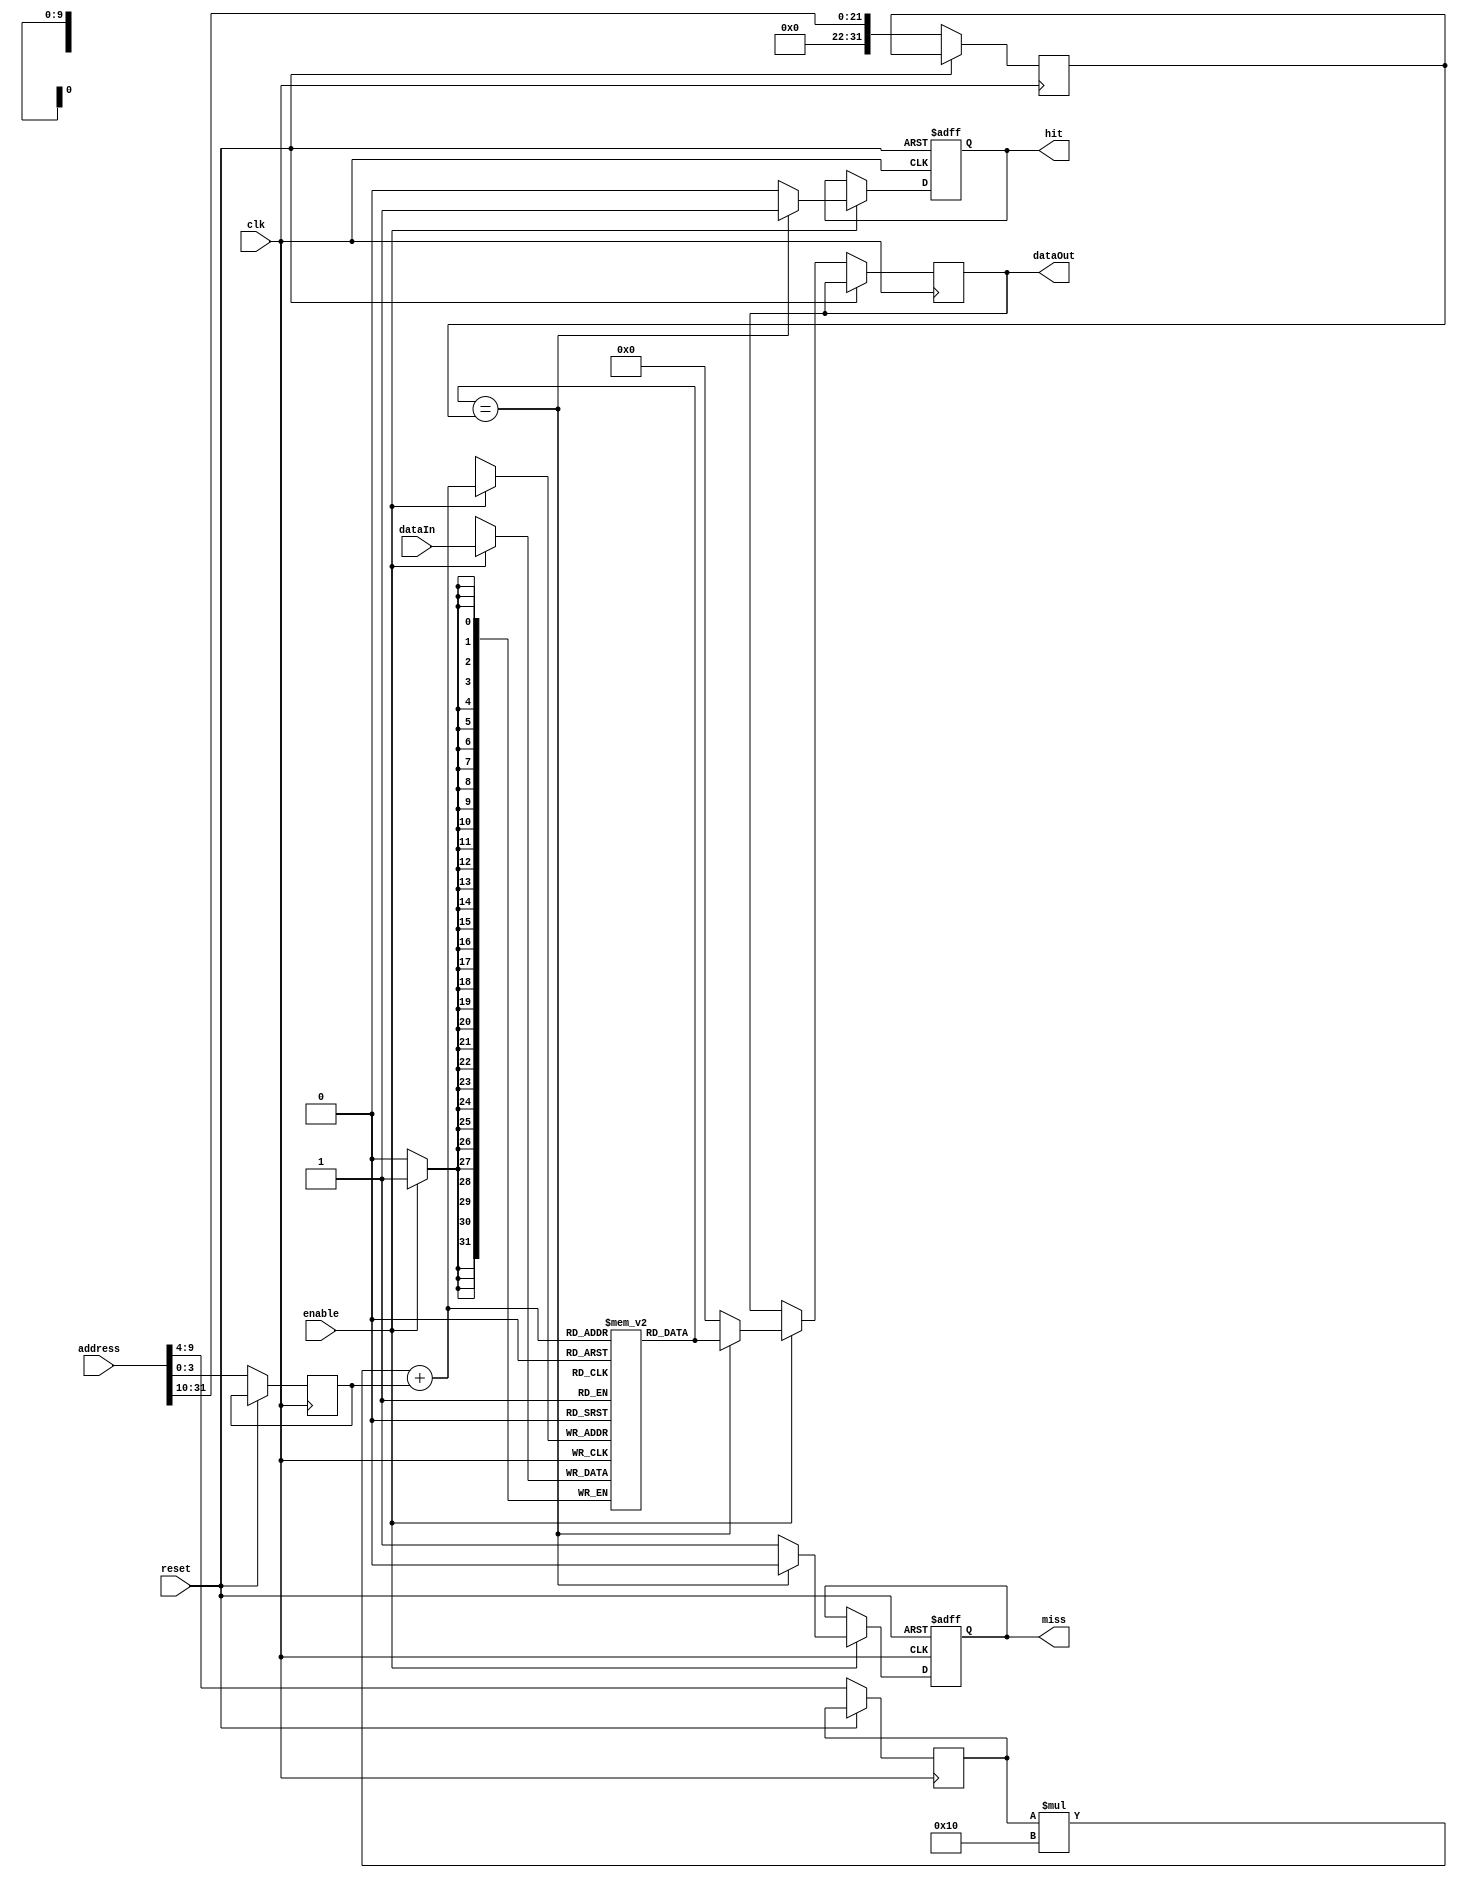
module CacheMemory (
    input wire clk,
    input wire reset,
    
    input wire enable,
    input wire [31:0] address,
    input wire [31:0] dataIn,
    output wire [31:0] dataOut,
    
    output reg hit,
    output reg miss
);

// Define parameters for cache memory organization
parameter SIZE = 1024; // Total number of data entries
parameter SETS = 64;   // Number of sets in cache
parameter LINES = 16;  // Number of lines per set

// Define memory blocks for data storage
reg [31:0] cache [SETS-1:0][LINES-1:0];

// Define control signals
reg [5:0] setIndex;
reg [3:0] lineIndex;
reg [31:0] tag;

// Define logic for cache hit/miss and data retrieval
always @(posedge clk or posedge reset) begin
    if (reset) begin
        hit <= 0;
        miss <= 0;
    end else begin
        setIndex <= address[9:4];
        lineIndex <= address[3:0];
        tag <= address[31:10];
        
        if (enable) begin
            if (cache[setIndex][lineIndex] == tag) begin
                hit <= 1;
                miss <= 0;
                dataOut <= cache[setIndex][lineIndex];
            end else begin
                hit <= 0;
                miss <= 1;
                dataOut <= 0;
                
                // Implement data eviction logic here in case of cache overflow
            end
        end
    end
end

// Define logic for data storage
always @(posedge clk) begin
    if (enable) begin
        cache[setIndex][lineIndex] <= dataIn;
    end
end

endmodule